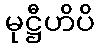
မုဋ္ဌီဟိပိ